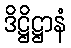
ဒိဋ္ဌိဋ္ဌာနံ